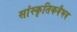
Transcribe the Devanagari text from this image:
सांस्कृतिकवैभव